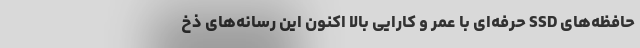
حافظه‌های SSD حرفه‌ای با عمر و کارایی بالا اکنون این رسانه‌های ذخ